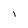
Character: I